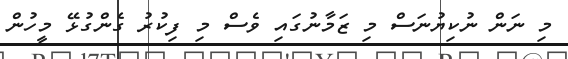
މި ނަން ނުކިޔުނަސް މި ޒަމާނުގައި ވެސް މި ފިކުރު ގެންގުޅޭ މީހުން